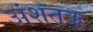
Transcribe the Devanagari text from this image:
अंशतऋ